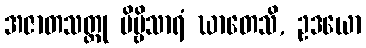
အဇာတသတ္တု ဗိမ္ဗိသာရံ ဃာတေသိ, ဥဒယော